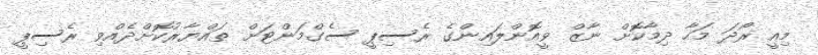
މިއީ ރޯދަ މަހާ ދިމާކޮށް ނާޒް ވީއޮންލައިންގެ ރެސިޕީ ސެގްމަންޓަށް ތައްޔާރުކޮށްދެއްވި ރެސިޕީ